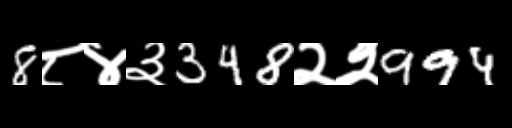
Text: 8८४३348२२994